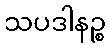
သပဒါနဉ္စ